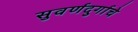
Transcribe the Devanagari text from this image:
सुवर्णदुर्गाचे